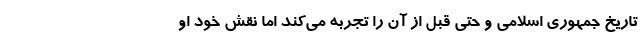
تاریخ جمهوری اسلامی و حتی قبل از آن را تجربه می‌کند اما نقش خود او